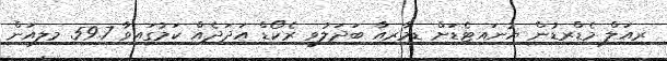
ރިއަލް މެޑްރިޑުން ޔުނައިޓެޑަށް ޑިމާރިއާ ބަދަލުވީ ރެކޯޑް އަދަދެއް ކަމުގައިވާ 59.7 މިލިއަން